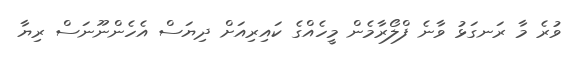
ވުރެ މާ ރަނގަޅު ވާނެ ފްލޯރާމެން މީހެއްގެ ކައިރިއަށް ދިޔަސް އެހެންނޫނަސް ރިޔާ